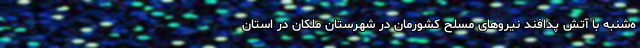
ه‌شنبه با آتش پدافند نیروهای مسلح کشورمان در شهرستان ملکان در استان